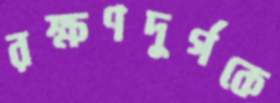
রক্ষণদুর্গকে